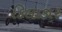
કિલાકાર